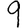
Digit: 9